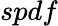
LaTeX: spdf